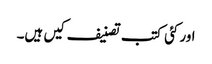
اور کئی کتب تصنیف کیں ہیں۔